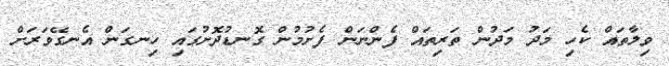
ވިލާތައް ކެހި މަދު މަދުން ތަރިތައް ފެންނަން ފެށުމުން ގޮނޑުދޮށުގައި ހިނގަން އެނގޭވަރަށް